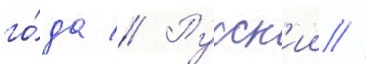
го́да // Русск'ии //